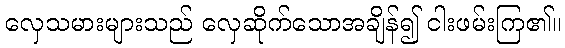
လှေသမားများသည် လှေဆိုက်သောအချိန်၍ ငါးဖမ်းကြ၏။